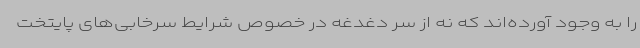
را به وجود آورده‌اند که نه از سر دغدغه در خصوص شرایط سرخابی‌های پایتخت